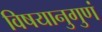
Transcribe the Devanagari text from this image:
विषयानुगुणं